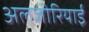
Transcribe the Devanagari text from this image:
अलजीरियाई